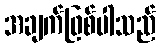
အချက်ဖြစ်ပါသည်